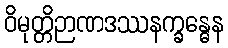
ဝိမုတ္တိဉာဏဒဿနက္ခန္ဓေန